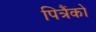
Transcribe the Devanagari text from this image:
पित्रैंको